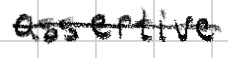
Text: assertive
Cross-out: single-line
Writing tool: digital_black